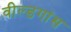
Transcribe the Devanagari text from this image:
वील्डगांस